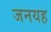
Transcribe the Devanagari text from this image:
जनयह